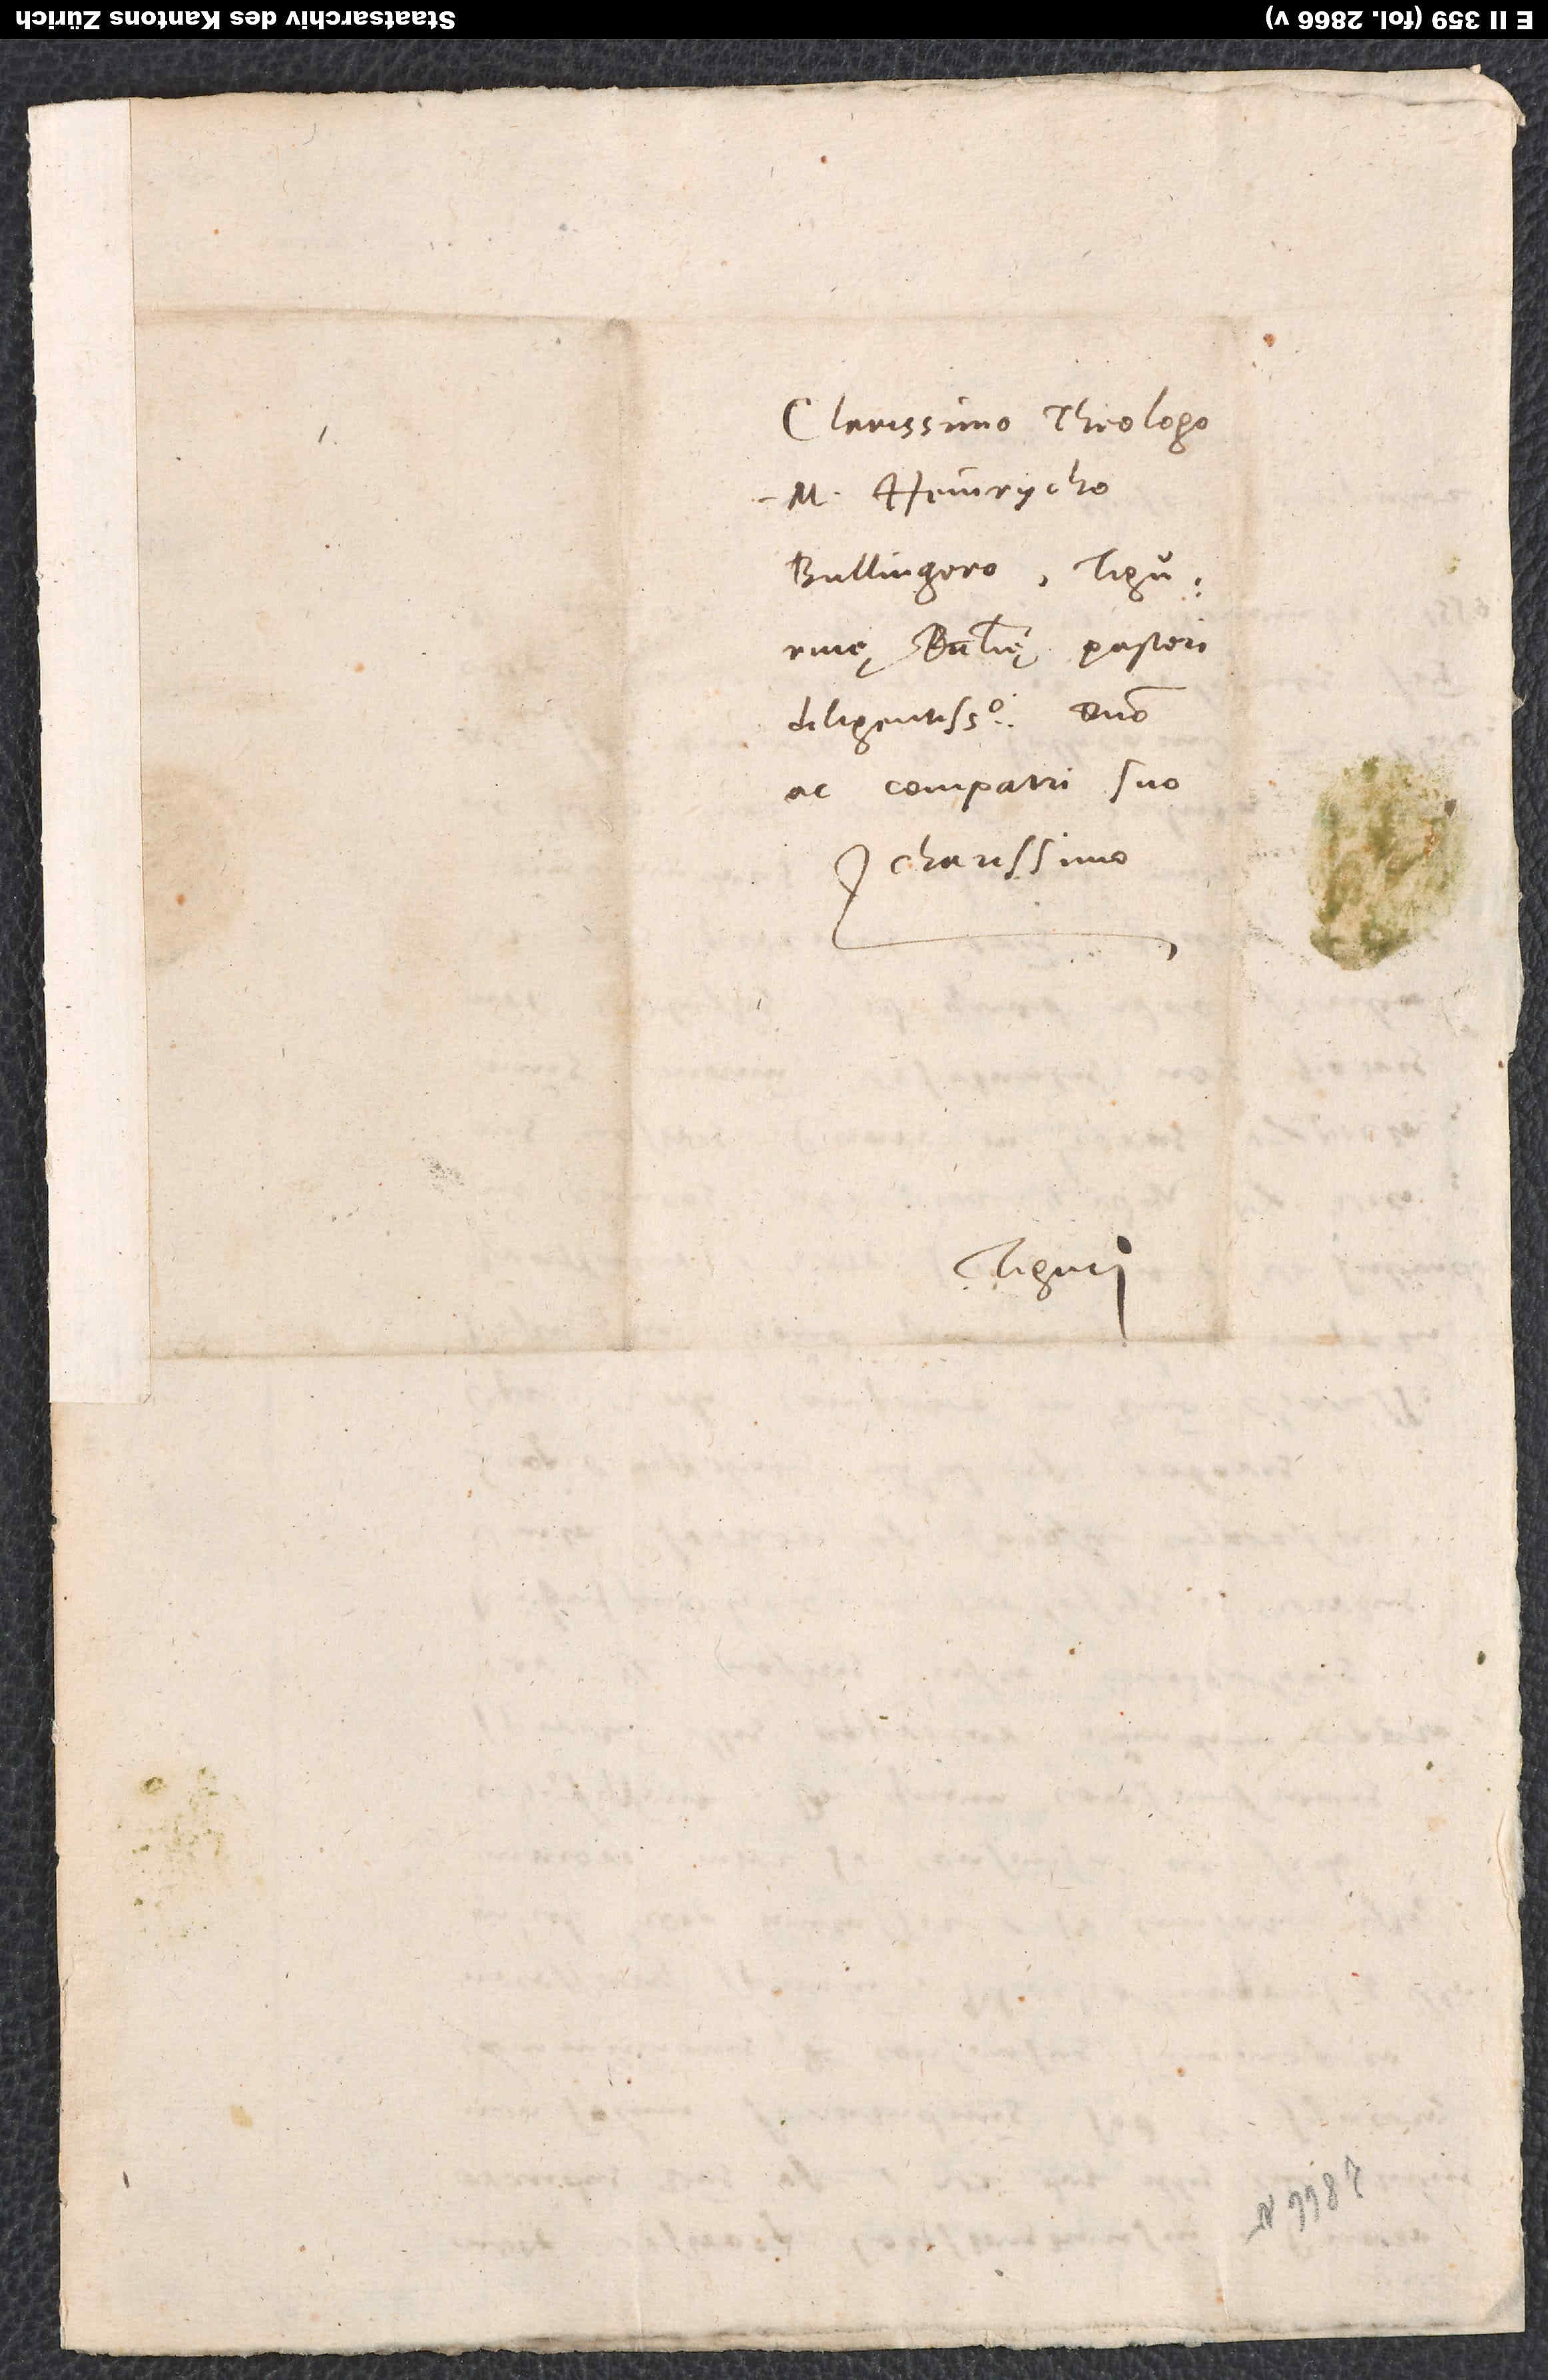
Clarissimo theologo
m. Heinrycho
Bullingero, Tigurinę
ecclesię pastori
diligentissimo, domino
ac compatri suo
charissimo.
Tiguri.